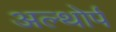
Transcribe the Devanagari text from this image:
अल्थोर्प